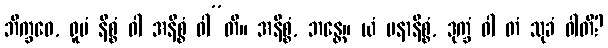
ဘိက္ခဝေ, ရူပံ နိစ္စံ ဝါ အနိစ္စံ ဝါ”တိ။ အနိစ္စံ, ဘန္တေ။ ယံ ပနာနိစ္စံ, ဒုက္ခံ ဝါ တံ သုခံ ဝါတိ?